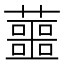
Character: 蘁